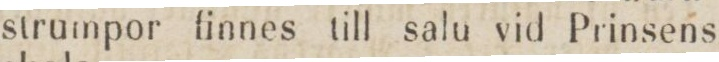
strumpor finnes till salu vid Prinsens